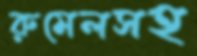
রুমেলসহ